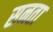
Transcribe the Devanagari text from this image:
सनता